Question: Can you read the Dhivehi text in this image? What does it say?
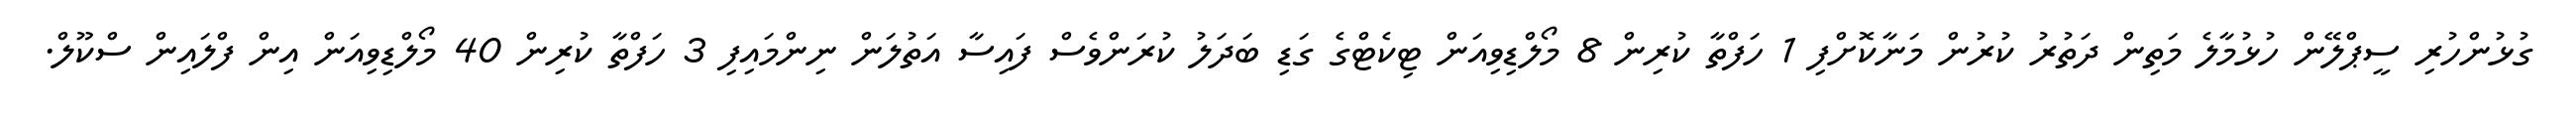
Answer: ގުޅުންހުރި ސީޕްލޭން ހުޅުމާލެ މަތިން ދަތުރު ކުރުން މަނާކޮށްފި 1 ހަފްތާ ކުރިން 8 މޯލްޑިވިއަން ޓިކެޓްގެ ގަޑި ބަދަލު ކުރަންވެސް ފައިސާ އަތުލަން ނިންމައިފި 3 ހަފްތާ ކުރިން 40 މޯލްޑިވިއަން އިން ފްލައިން ސްކޫލް.